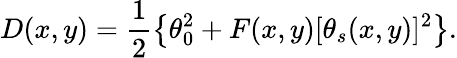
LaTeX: D(x,y)=\frac{1}{2}\left\{ \theta_{0}^{2}+F(x,y)[\theta_{s}(x,y)]^{2}\right\} .